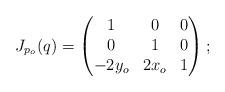
LaTeX: \begin{align*}J_{p_o}(q)=\begin{pmatrix}1 & 0 & 0 \\0 & 1 & 0 \\-2y_o & 2x_o & 1 \end{pmatrix};\end{align*}